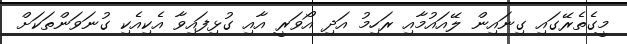
މީގެތެރޭގައި ގިނައިން ލޭއައުމާއި ރަހިމު އަދި އޯވަރީ އާއި ގުޅިފައިވާ އެކިއެކި ގުނަވަންތަކަށް